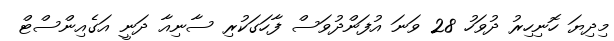
މިދިޔަ ހޮނިހިރު ދުވަހު 28 ވަނަ އުފަންދުވަސް ފާހަގަކުރި ސާނިއާ ދަނީ އަގެއިންސްޓް